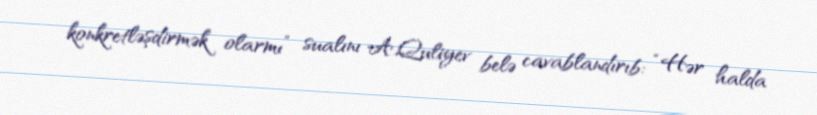
konkretləşdirmək olarmı” sualını A.Quliyev belə cavablandırıb: “Hər halda